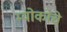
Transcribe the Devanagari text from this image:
म्योकोचे